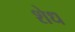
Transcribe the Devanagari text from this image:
शेध